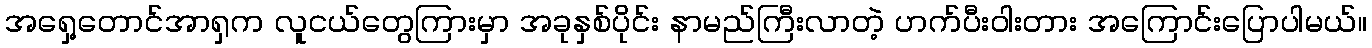
အရှေ့တောင်အာရှက လူငယ်တွေကြားမှာ အခုနှစ်ပိုင်း နာမည်ကြီးလာတဲ့ ဟက်ပီးဝါးတား အကြောင်းပြောပါမယ်။